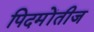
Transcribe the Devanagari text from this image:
पिदमोंतीज